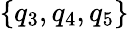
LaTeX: \{ q_{3},q_{4},q_{5}\}